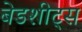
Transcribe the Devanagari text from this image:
बेडशीट्स